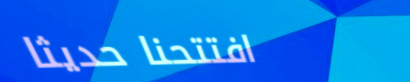
افتتحنا حديثاً